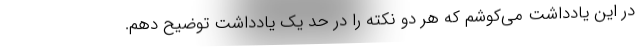
در این یادداشت می‌کوشم که هر دو نکته را در حد یک یادداشت توضیح دهم.